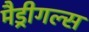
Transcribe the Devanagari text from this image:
मैड्रीगल्स